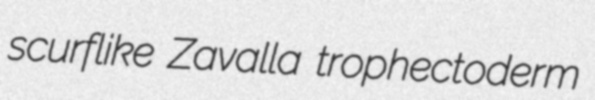
scurflike Zavalla trophectoderm